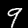
Label: 9